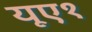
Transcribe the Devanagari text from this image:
यूए१